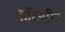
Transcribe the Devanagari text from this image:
हॉटसीट